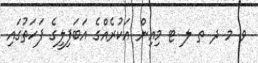
ވ މ ދ ތ ލ ޓ މިއިން އަކުރެއްގެ އަބަފިލީގެ ފަހަތުގައި